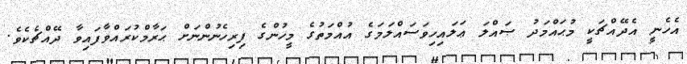
އެހެނީ އެދޭއްޗަކީ މުޙައްމަދު ޞައްލަ ޢަލައިހިވަސައްލަމަގެ އުއްމަތުގެ މީހުންގެ ފިރިހެނުންނަށް ޙަރާމްކުރައްވާފައިވާ ދޭއްޗެކެވެ.